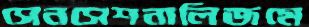
সেনসেশনালিজমে